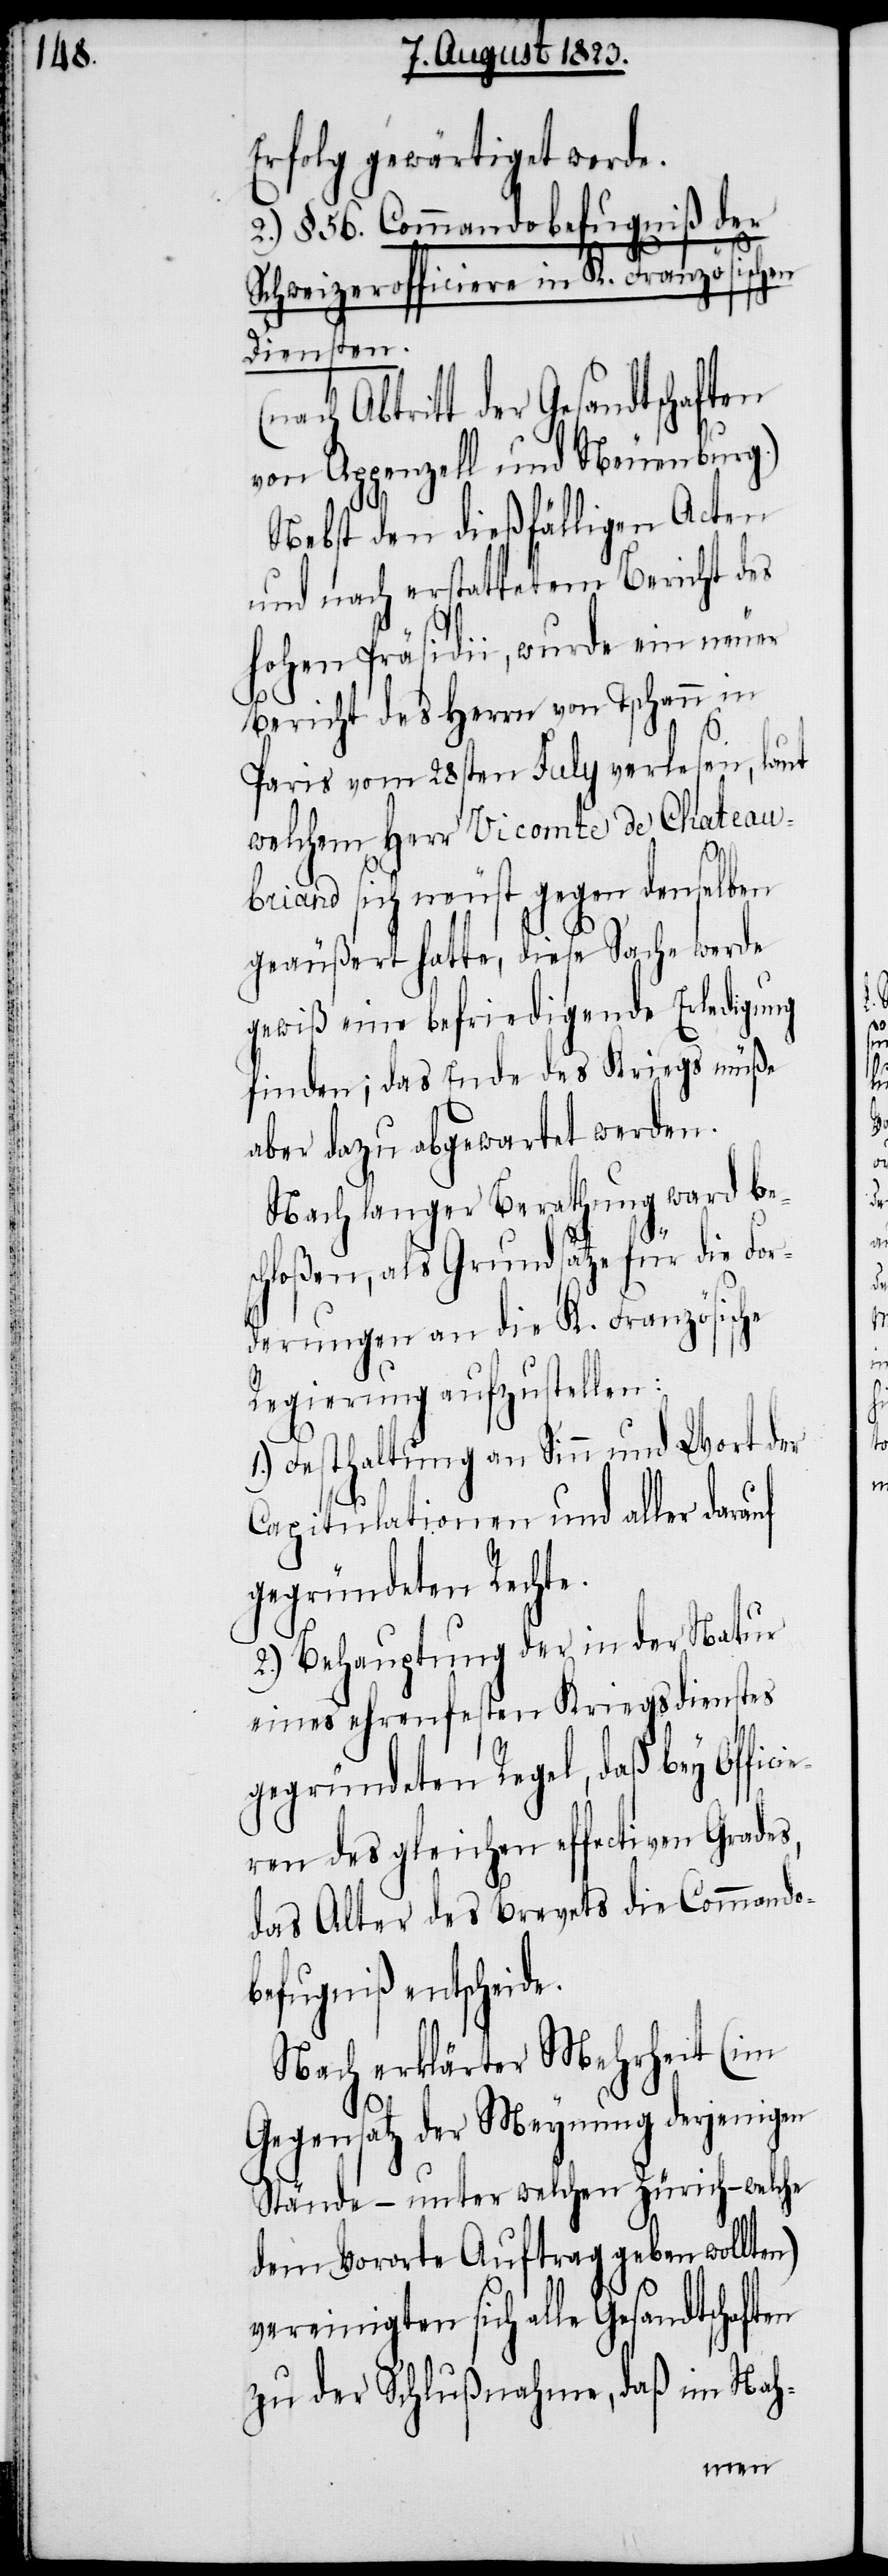
Erfolg gewärtiget werde.
2.) § 56. Commandobefugniß der
Schweizerofficiere in K. Französischen
Diensten.
sich alle Gesandtschaften
von Appenzell und Neuenburg.)
Nebst den dießfälligen Acten
und nach erstattetem Bericht des
hohen Präsidii, wurde ein neuer
Bericht des Herrn von Tschann in
Paris vom 28sten July verlesen, laut
welchem Herr Vicomte de Chateau¬
briand sich neust gegen denselben
geäußert hatte, diese Sache werde
gewiß eine befriedigende Erledigung
finden; das Ende des Kriegs müße
aber dazu abgewartet werden.
Nach langer Berathung ward bes¬
chloßen, als Grundsatz für die For¬
derungen an die K. Französische
Regierung aufzustellen:
1.) Festhaltung an Sinn und Wort der
Capitulationen und aller darauf
gegründeten Rechte.
2.) Behauptung der in der Natur
eines ehrenfesten Kriegsdienstes
gegründeten Regel, daß bey Offi¬
cieren des gleichen effectiven Grades,
das Alter des Brevets die Commando¬
befugniß entscheide.
Nach erklärter Mehrheit (im
Gegensatz der Meynung derjenigen
Stände – unter welchen Zürich – welche
dem Vororte Auftrag geben wollten)
zu der Schlußnahme, daß im Nah-